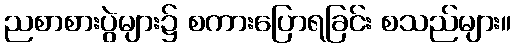
ညစာစားပွဲများ၌ စကားပြောရခြင်း စသည်များ။